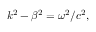
k ^ { 2 } - \beta ^ { 2 } = \omega ^ { 2 } / c ^ { 2 } ,